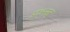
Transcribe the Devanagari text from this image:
प्रश्नद